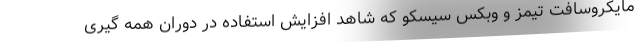
مایکروسافت تیمز و وبکس سیسکو که شاهد افزایش استفاده در دوران همه گیری